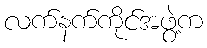
လက်နက်ကိုင်အဖွဲ့က